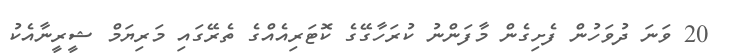
20 ވަނަ ދުވަހުން ފެށިގެން މާފަންނު ކުރަހާގޭގެ ކޮޓަރިއެއްގެ ތެރޭގައި މަރިޔަމް ޝީރީނާއެކު